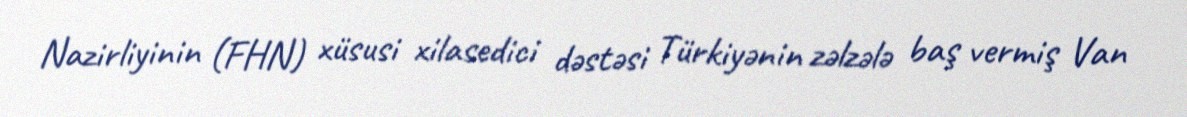
Nazirliyinin (FHN) xüsusi xilasedici dəstəsi Türkiyənin zəlzələ baş vermiş Van